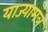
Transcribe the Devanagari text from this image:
याज्यामंत्र